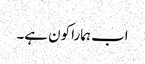
اب ہمارا کون ہے۔